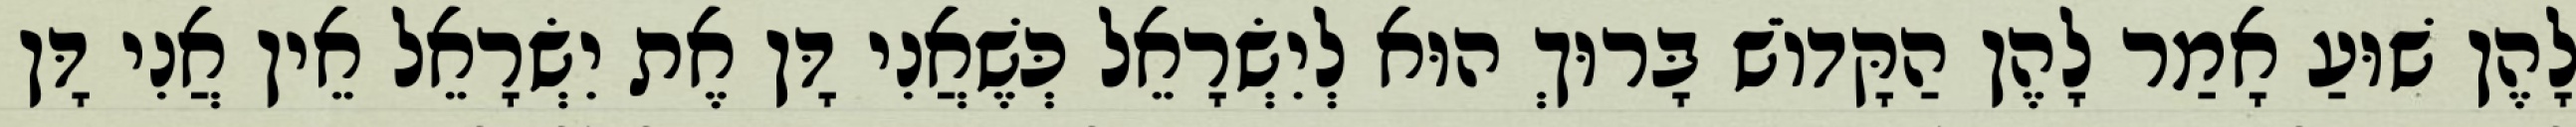
לָהֶן שׁוּעַ אָמַר לָהֶן הַקָּדוֹשׁ בָּרוּךְ הוּא לְיִשְׂרָאֵל כְּשֶׁאֲנִי דָּן אֶת יִשְׂרָאֵל אֵין אֲנִי דָּן